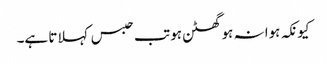
کیونکہ ہوا نہ ہو گھٹن ہو تب حبس کہلاتا ہے۔